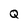
Character: Q